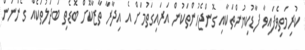
ކުރިމަތިވެފައިވާ ފާޑުކިޔުންތަކާއި ގޮންޖެހުންތަކުން އަރައިގަތުމަށް އެ އިދާރާ ތާޒާކޮށް ބޮޑެތި ބަދަލުތަކެއް ގެންނަން